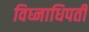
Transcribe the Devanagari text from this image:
विघ्नाधिपती